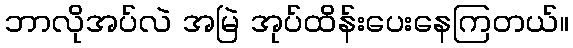
ဘာလိုအပ်လဲ အမြဲ အုပ်ထိန်းပေးနေကြတယ်။